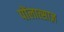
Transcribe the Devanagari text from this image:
पोंलात्साज़